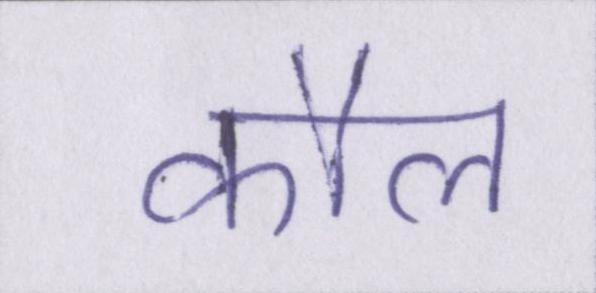
कौल